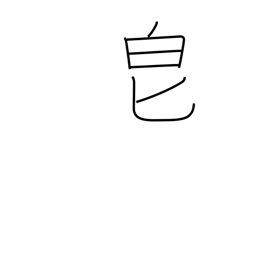
Meaning: fragrant